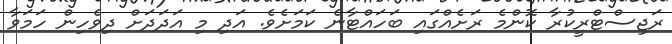
ރަޖިސްޓްރީކުރާ ކޮންމެ ރަށެއްގައި ބަހައްޓާނެ ކަމަށެވެ. އަދި މި އަދަދަށް ދިވެހިން ހަމަވާ